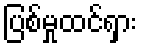
ပြစ်မှုထင်ရှား